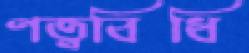
ণত্ববিধি